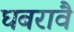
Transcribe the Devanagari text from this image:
घबरावै